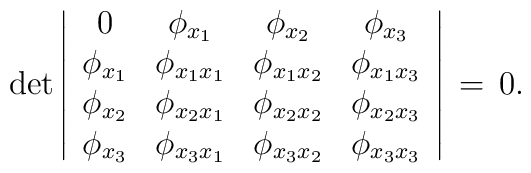
\det\left|\begin{array}{cccc}0&\phi_{x_1}&\phi_{x_2}& \phi_{x_3} \\\phi_{x_1}&\phi_{x_1x_1}&\phi_{x_1x_2}&\phi_{x_1x_3}\\\phi_{x_2}&\phi_{x_2x_1}&\phi_{x_2x_2}&\phi_{x_2x_3}\\\phi_{x_3}&\phi_{x_3x_1}&\phi_{x_3x_2}&\phi_{x_3x_3}\end{array}\right|\,=\,0.